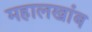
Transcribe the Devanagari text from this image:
महालखांब